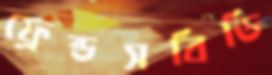
ফ্রেন্ডসবিডি